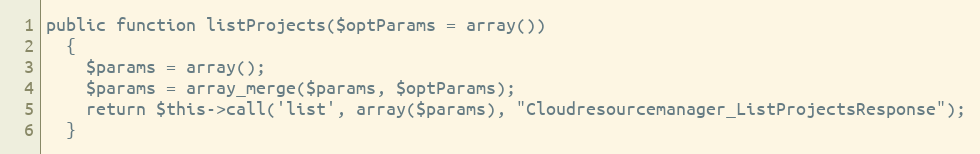
Language: PHP
public function listProjects($optParams = array())
  {
    $params = array();
    $params = array_merge($params, $optParams);
    return $this->call('list', array($params), "Cloudresourcemanager_ListProjectsResponse");
  }